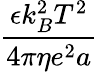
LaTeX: \frac{\epsilon k_{B}^{2}T^{2}}{4\pi\eta e^{2}a}